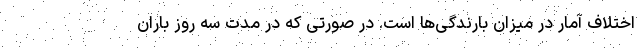
اختلاف آمار در میزان بارندگی‌ها است. در صورتی که در مدت سه روز باران